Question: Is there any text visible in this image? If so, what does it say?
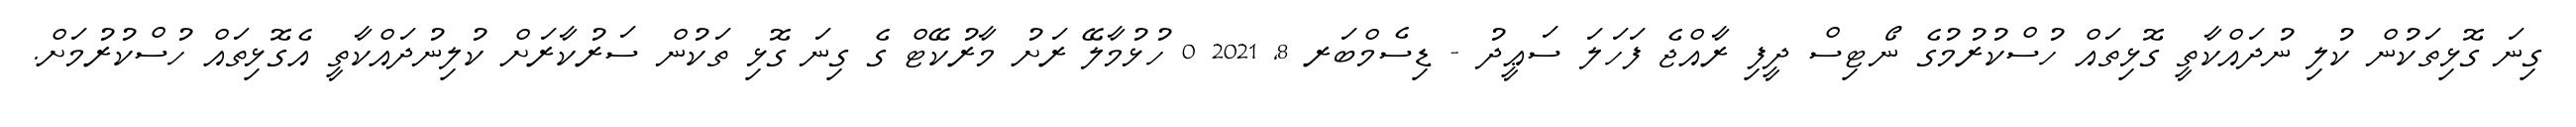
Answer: ގިނަ ގޮޅިތަކުން ކުލި ނުދައްކާތީ ގޮޅިތައް ހުސްކުރުމުގެ ނޯޓިސް ދީފި ރާއްޖެ ފަހަލަ ސަޢީދު - ޑިސެމްބަރ 8, 2021 0 ހުޅުމާލޭ ރަށު މާރުކޭޓް ގެ ގިނަ ގޮޅި ތަކުން ސަރުކާރަށް ކުލިނުދައްކާތީ އެގޮޅިތައް ހުސްކުރުމަށް.